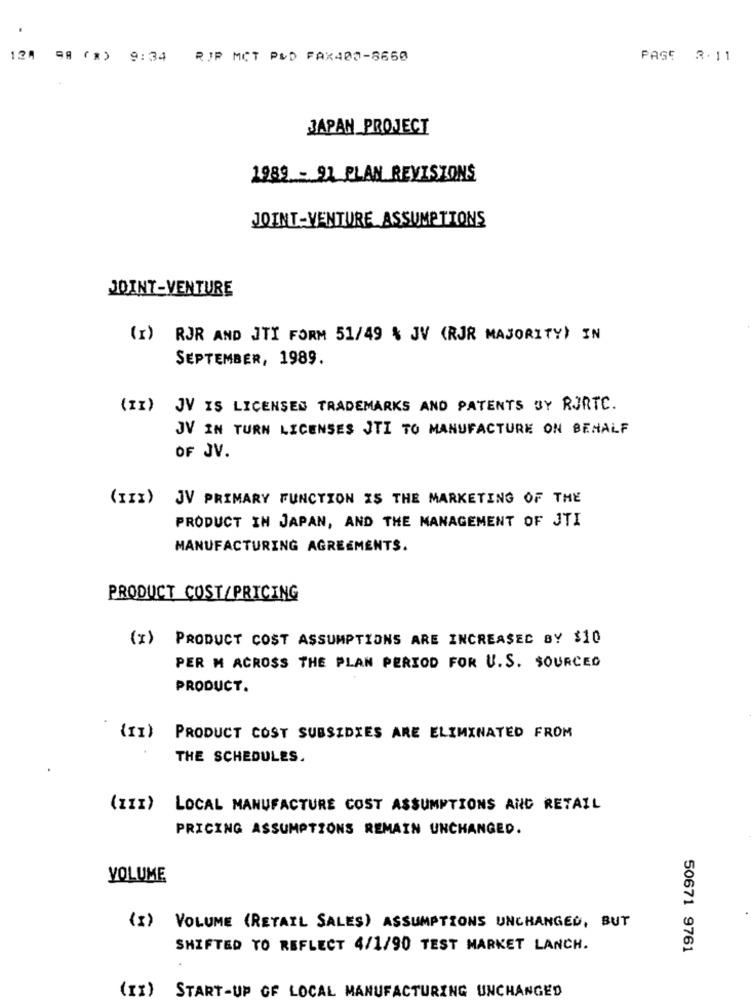
124 98 (*) 9:34
RJP MCT P&D FAX402-8660
PASS 3.11
JAPAN PROJECT
1989 - 92 PLAN REVISIONS
JOINT-VENTURE ASSUMPTIONS
JOINT-VENTURE
(x) RJR AND JTI FORM 51/49 % JV (RJR MAJORITY) IN
SEPTEMBER, 1989.
(II) JV IS LICENSES TRADEMARKS AND PATENTS BY RURTC.
JV IN TURN LICENSES JTI TO MANUFACTURE ON BEHALF
OF JV.
(III) JV PRIMARY FUNCTION IS THE MARKETING OF THE
PRODUCT IN JAPAN, AND THE MANAGEMENT OF JTI
MANUFACTURING AGREEMENTS.
PRODUCT COST/PRICING
(I) PRODUCT COST ASSUMPTIONS ARE INCREASED BY $10
PER M ACROSS THE PLAN PERIOD FOR U. S. SOURCED
PRODUCT.
(II)
PRODUCT COST SUBSIDIES ARE ELIMINATED FROM
THE SCHEDULES.
(III) LOCAL MANUFACTURE COST ASSUMPTIONS AND RETAIL
PRICING ASSUMPTIONS REMAIN UNCHANGED.
VOLUME
(I)
VOLUME (RETAIL SALES) ASSUMPTIONS UNCHANGED, BUT
SHIFTED TO REFLECT 4/1/90 TEST MARKET LANCH.
50671 9761
(II) START-UP OF LOCAL MANUFACTURING UNCHANGED